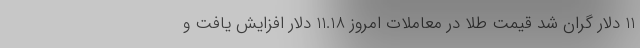
11 دلار گران شد قیمت طلا در معاملات امروز 11.18 دلار افزایش یافت و